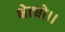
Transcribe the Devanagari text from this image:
भेट्यो।।